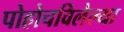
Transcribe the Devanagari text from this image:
पोहोचविलेल्या